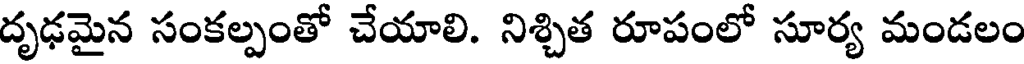
దృఢమైన సంకల్పంతో చేయాలి. నిశ్చిత రూపంలో సూర్య మండలం